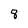
Character: 8